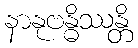
နာနုဗန္ဓိဿန္တိ